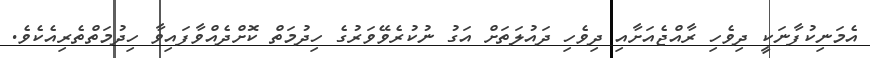
އެމަނިކުފާނަކީ ދިވެހި ރާއްޖެއަށާއި ދިވެހި ދައުލަތަށް އަގު ނުކުރެވޭވަރުގެ ހިދުމަތް ކޮށްދެއްވާފައިވާ ހިދުމަތްތެރިއެކެވެ.